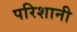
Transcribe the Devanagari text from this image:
परिशानी